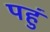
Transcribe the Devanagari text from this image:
पहुं